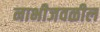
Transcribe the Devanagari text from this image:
नाभीजवळील